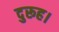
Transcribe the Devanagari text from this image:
दुरूह।